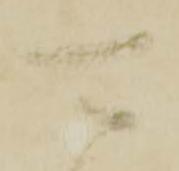
可